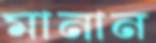
মানান